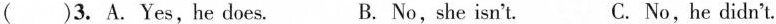
( )3. A.Yes,he does. B. No,she isn't. C.No,he didn't.